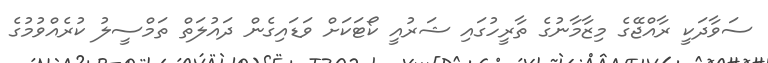
ސަވާދަކީ ރާއްޖޭގެ މިޒާމާނުގެ ތާރީހުގައި ޝަރުއީ ކޯޓަކަށް ވަޑައިގެން ދައުލަތް ތަމްސީލު ކުރެއްވުމުގެ